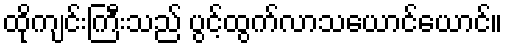
ထိုကျင်းကြီးသည် ပွင့်ထွက်လာသယောင်ယောင်။